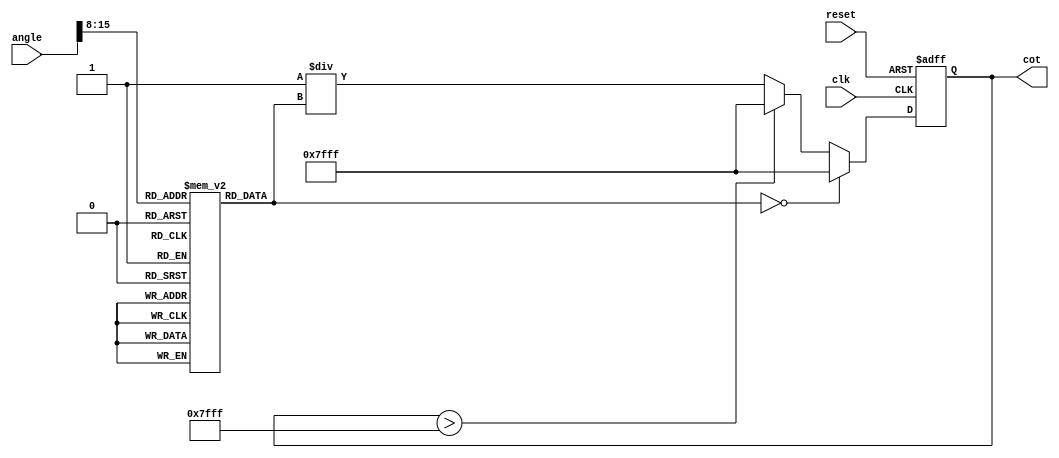
module cotangent (
    input wire [15:0] angle,  // 16-bit fixed-point input angle in radians
    output reg [15:0] cot,    // 16-bit fixed-point cotangent output
    input wire clk,
    input wire reset
);

    reg [15:0] tan;            // Tangent value placeholder
    reg [15:0] tan_lut [0:255]; // Lookup table for tangent values
    parameter MAX_COT_VALUE = 16'h7FFF; // Saturation value for cotangent output

    initial begin
        // Fill the lookup table with approximate tangent values for certain angles
        // Precomputed values for tan(0), tan(/4), tan(/2), etc.
        // This is just an illustrative example and should be filled with actual values.
        tan_lut[0]   = 16'h0000;   // tan(0)
        tan_lut[64]  = 16'h4000;   // tan(/4)
        tan_lut[128] = 16'h7FFF;   // tan(/2) (undefined, max saturation)
        tan_lut[192] = 16'h4000;   // tan(3/4)
        tan_lut[255] = 16'hFFFF;   // Example for tan() (0)
        // Fill in with additional values as needed
    end
    
    always @(posedge clk or posedge reset) begin
        if (reset) begin
            cot <= 16'b0; // Reset cotangent output
        end else begin
            // Retrieve tangent value from LUT based on input angle (scaled to fit LUT)
            tan = tan_lut[angle[15:8]]; // Assuming angle is scaled correctly to match LUT indexing

            // Check for tangent being zero (avoid division by zero)
            if (tan == 16'b0) begin
                cot <= MAX_COT_VALUE;  // Set to max value indicating overflow
            end else begin
                // Calculate cotangent as the reciprocal of tangent
                // Note: This is a simple division; hardware optimization can be done
                cot <= 16'h0001 / tan;
                // Handle overflow if cot exceeds representable range
                if (cot > MAX_COT_VALUE) begin
                    cot <= MAX_COT_VALUE; // Saturate value
                end
            end
        end
    end

endmodule